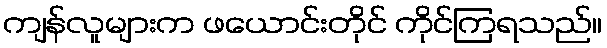
ကျန်လူများက ဖယောင်းတိုင် ကိုင်ကြရသည်။